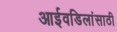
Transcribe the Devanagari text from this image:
आईवडिलांसाठी